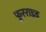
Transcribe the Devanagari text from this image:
फूरराइड